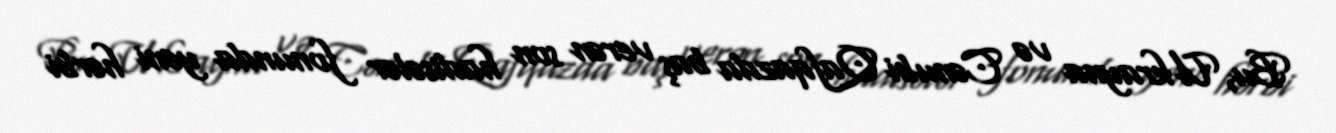
Bu, Ukrayna və Cənubi Qafqazda baş verən son hadisələr fonunda yeni hərbi